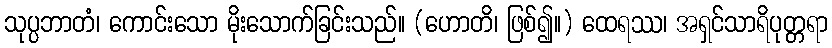
သုပ္ပဘာတံ၊ ကောင်းသော မိုးသောက်ခြင်းသည်။ (ဟောတိ၊ ဖြစ်၍။) ထေရဿ၊ အရှင်သာရိပုတ္တရာ